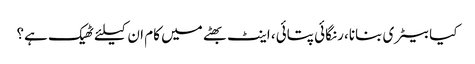
کیا بیٹری بنانا، رنگائی پتائی، اینٹ بھٹے میں کام ان کیلئے ٹھیک ہے؟